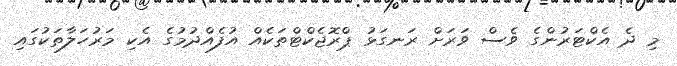
މި ދެ އެކްޓަރުންގެ ވެސް ވަރަށް ރަނގަޅު ޕްރޮޖެކްޓްތަކެއް އުފެއްދުމުގެ އެކި މަރުހަލާތަކުގައި